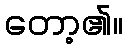
တော့၏။